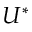
U ^ { * }